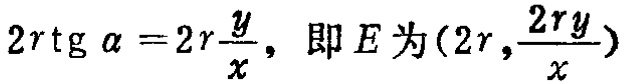
\(2r\mathrm{tg}\ \alpha = 2r\frac{y}{x},\ 即E为(2r,\frac{2ry}{x})\)